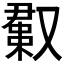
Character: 𫩊